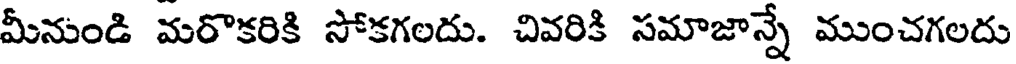
మీనుండి మరొకరికి సోకగలదు. చివరికి సమాజాన్నే ముంచగలదు